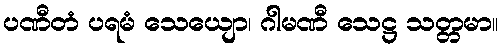
ပဏီတံ ပရမံ သေယျော၊ ဂါမဏီ သေဋ္ဌ သတ္တမာ။